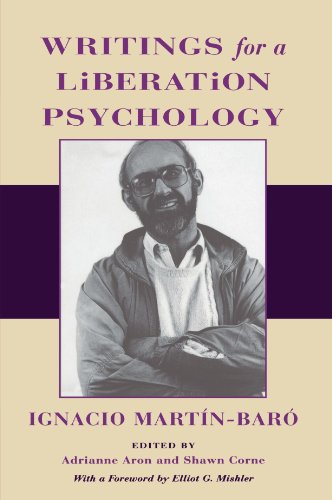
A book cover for Writings for a Liberation Psychology; Ignacio MartÃ­Â­n-BarÃ³; Law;